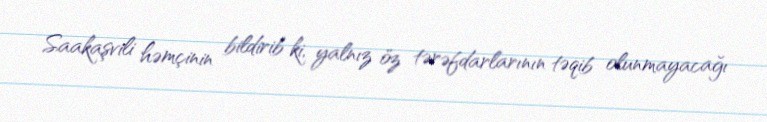
Saakaşvili həmçinin bildirib ki, yalnız öz tərəfdarlarının təqib olunmayacağı